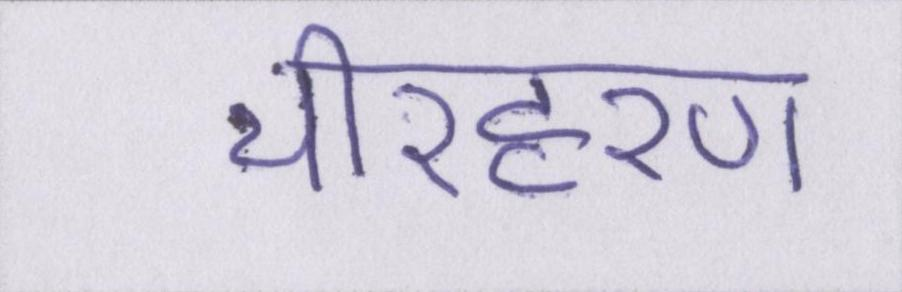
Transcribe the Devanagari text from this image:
चीरहरण